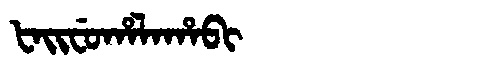
Manchu: ᡶᠠᡳᠸᡠᡥᠠᠯᠠᡥᠠᠪᡳ
Romanization: FAIFUHALAHABI